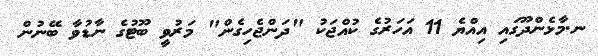
ނ.މާޅެންދޫގައި އިއްޔެ 11 އަހަރުގެ ކުއްޖަކު "ދަންޖެހިގެން" މަރުވީ ބޫޓުގެ ނާޑުވާ ބޭނުން